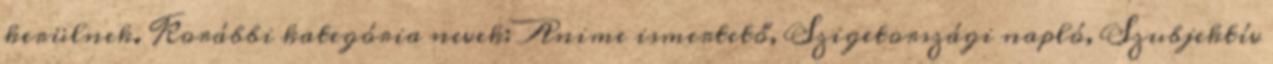
kerülnek. Korábbi kategória nevek: Anime ismertető, Szigetországi napló, Szubjektív